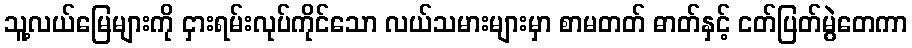
သူ့လယ်မြေများကို ငှားရမ်းလုပ်ကိုင်သော လယ်သမားများမှာ စာမတတ် ဓာတ်နှင့် ငတ်ပြတ်မွဲတေကာ